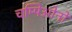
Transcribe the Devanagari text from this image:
चम्पिओनों